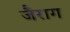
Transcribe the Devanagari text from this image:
जैराग